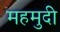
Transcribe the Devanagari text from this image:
महमुदी